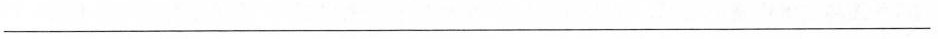
___